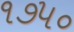
૧૭૫૦